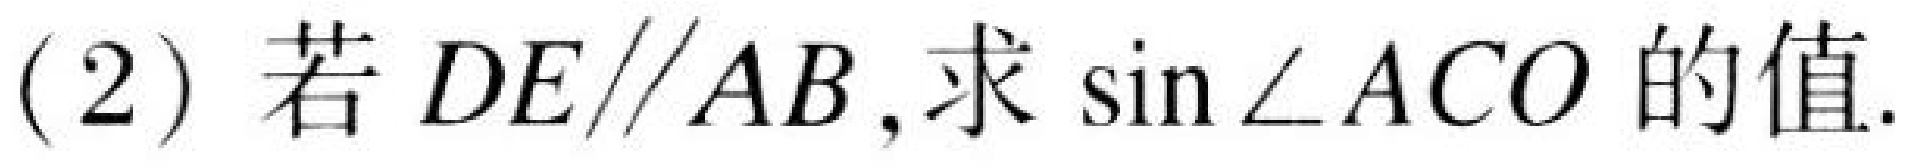
(2) 若\(DE\parallel AB\),求\(\sin\angle ACO\)的值.